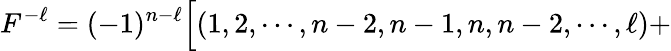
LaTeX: F^{-\ell}=(-1)^{n-\ell}\Bigl[(1,2,\cdots,n-2,n-1,n,n-2,\cdots,\ell)+